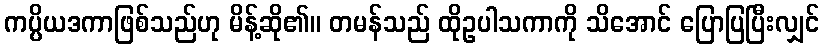
ကပ္ပိယဒကာဖြစ်သည်ဟု မိန့်ဆို၏။ တမန်သည် ထိုဥပါသကာကို သိအောင် ပြောပြပြီးလျှင်